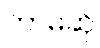
ဘာမဆို